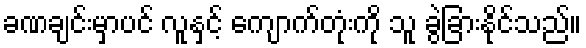
ခဏချင်းမှာပင် လူနှင့် ကျောက်တုံးကို သူ ခွဲခြားနိုင်သည်။